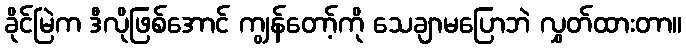
ခိုင်မြဲက ဒီလိုဖြစ်အောင် ကျွန်တော့်ကို သေချာမပြောဘဲ လွှတ်ထားတာ။